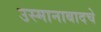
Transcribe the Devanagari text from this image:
उस्मानाबादचे